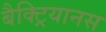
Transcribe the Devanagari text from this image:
बैक्ट्रियानस